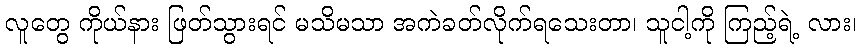
လူတွေ ကိုယ်နား ဖြတ်သွားရင် မသိမသာ အကဲခတ်လိုက်ရသေးတာ၊ သူငါ့ကို ကြည့်ရဲ့ လား၊